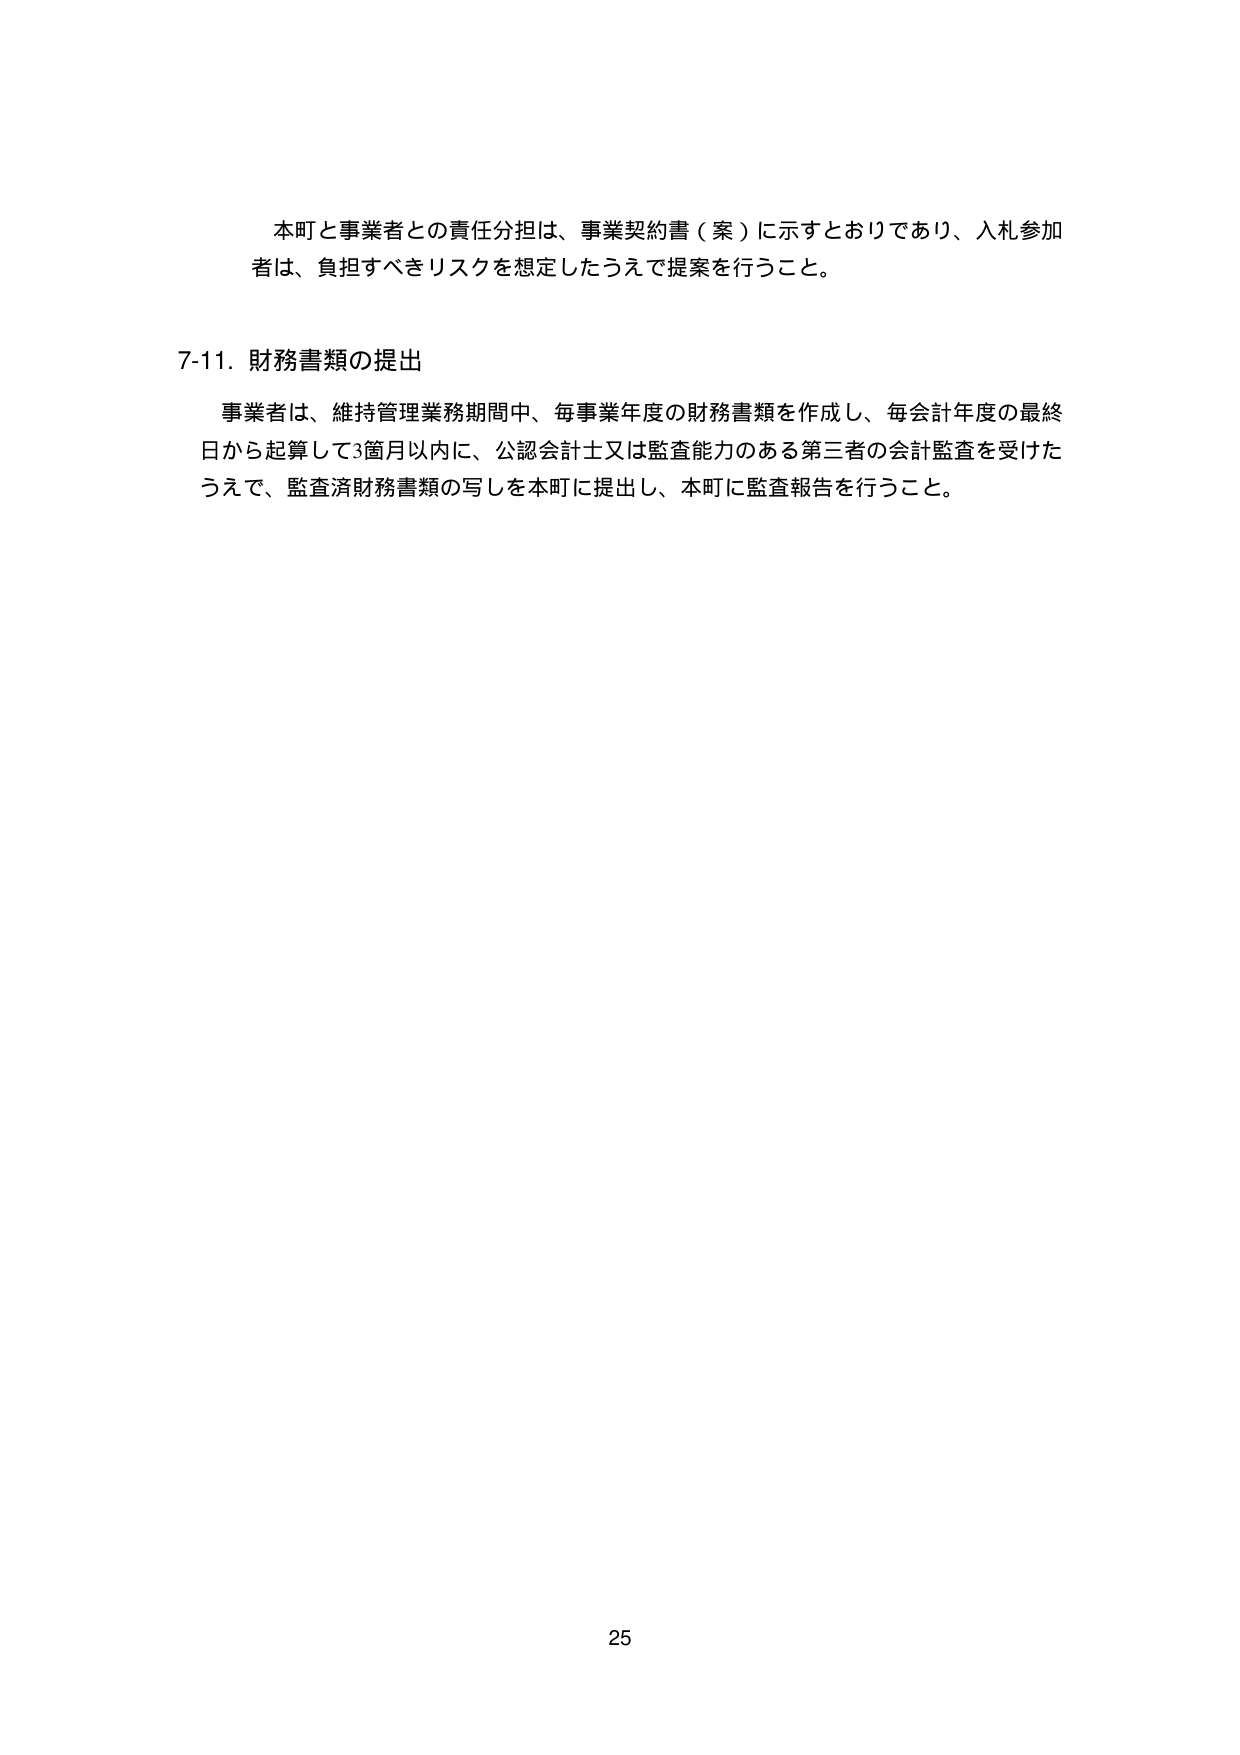
本町と事業者との責任分担は、事業契約書（案）に示すとおりであり、入札参加者は、負担すべきリスクを想定したうえで提案を行うこと。

7-11. 財務書類の提出

事業者は、維持管理業務期間中、毎事業年度の財務書類を作成し、毎会計年度の最終日から起算して3箇月以内に、公認会計士又は監査能力のある第三者の会計監査を受けたうえで、監査済財務書類の写しを本町に提出し、本町に監査報告を行うこと。

25